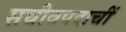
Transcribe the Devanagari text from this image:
सचीवपदाचीं